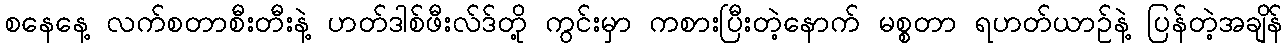
စနေနေ့ လက်စတာစီးတီးနဲ့ ဟတ်ဒါစ်ဖီးလ်ဒ်တို့ ကွင်းမှာ ကစားပြီးတဲ့နောက် မစ္စတာ ရဟတ်ယာဉ်နဲ့ ပြန်တဲ့အချိန်